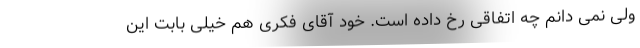
ولی نمی دانم چه اتفاقی رخ داده است. خود آقای فکری هم خیلی بابت این